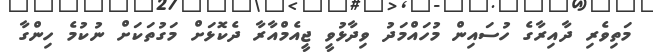
މަތިވެރި ދާއިރާގެ ހުސައިން މުހައްމަދު ވިދާޅުވީ ޖީއެމްއާރާ ދެކޮޅަށް މަގުތަކަށް ނުކުމެ ހިންގާ